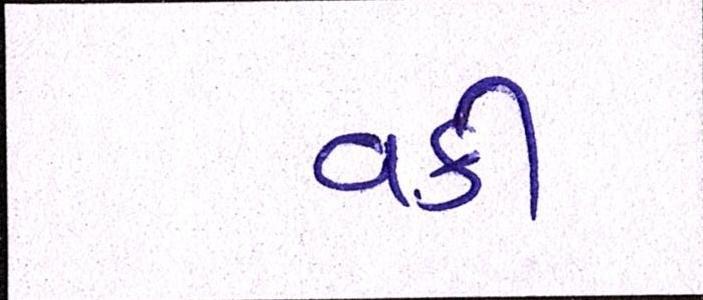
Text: વકી